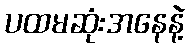
ပထမဆုံးအနေနဲ့